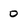
Character: 0